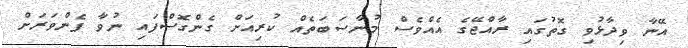
އޭނާ ވިދާޅުވި ގޮތުގައި ރާއްޖޭގެ އެއްވެސް މުނާސަބަތެއް ކުރިއަށް ގެންގޮސްފައި ނުވާ ފެންވަރަށް